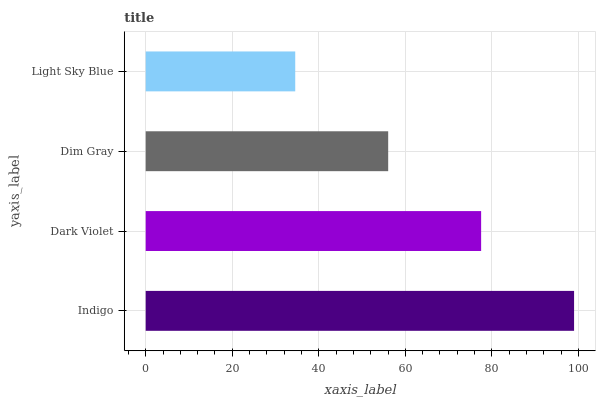
| yaxis_label | bars |
 | --- | --- |
 | Indigo | 99 |
 | Dark Violet | 77.5 |
 | Dim Gray | 56 |
 | Light Sky Blue | 34.6 |